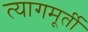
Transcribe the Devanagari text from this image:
त्यागमूर्ती